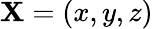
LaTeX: {\mathbf{X}}=(x,y,z)